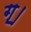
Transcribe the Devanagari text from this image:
ग॒।